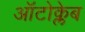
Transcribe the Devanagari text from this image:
ऑटोक्लेब